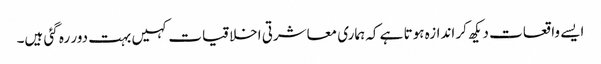
ایسے واقعات دیکھ کر اندازہ ہوتا ہے کہ ہماری معاشرتی اخلاقیات کہیں بہت دور رہ گئی ہیں۔